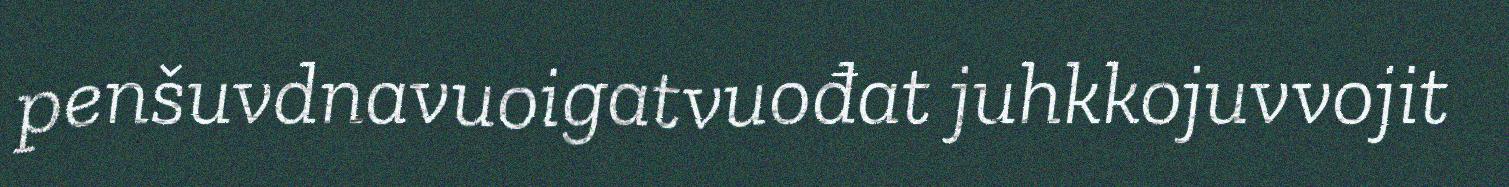
penšuvdnavuoigatvuođat juhkkojuvvojit